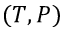
( T , P )